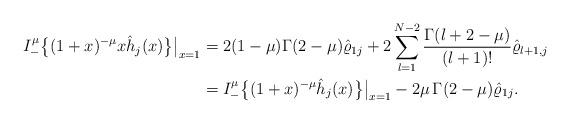
LaTeX: \begin{align*}I_-^\mu \big\{(1+x)^{-\mu} x\hat h_j(x)\big\}\big|_{x=1}&= 2(1-\mu)\Gamma(2-\mu) \hat \varrho_{1j}+ 2 \sum_{l=1}^{N-2} \frac{\Gamma(l+2-\mu)}{(l+1)!} \hat \varrho_{l+1,j}\\&=I_-^\mu \big\{(1+x)^{-\mu} \hat h_j(x)\big\}\big|_{x=1}- 2\mu\,\Gamma(2-\mu) \hat \varrho_{1j}.\end{align*}